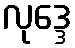
လုဒ္ဒေ